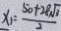
x _ { 1 } = \frac { 5 0 + 2 8 \sqrt { 3 } } { 2 }